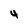
Character: 4